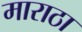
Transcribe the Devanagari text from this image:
माराठा